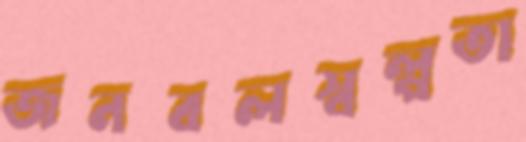
জনবলস্বল্পতা